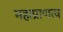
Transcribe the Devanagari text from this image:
महाप्राणत्व